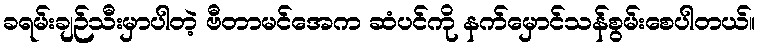
ခရမ်းချဉ်သီးမှာပါတဲ့ ဗီတာမင်အေက ဆံပင်ကို နက်မှောင်သန်စွမ်းစေပါတယ်။